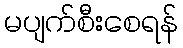
မပျက်စီးစေရန်